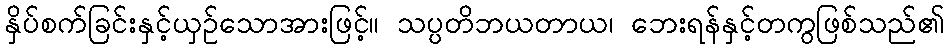
နှိပ်စက်ခြင်းနှင့်ယှဉ်သောအားဖြင့်။ သပ္ပတိဘယတာယ၊ ဘေးရန်နှင့်တကွဖြစ်သည်၏